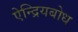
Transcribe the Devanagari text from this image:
ऐन्द्रियबोध